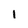
Character: l